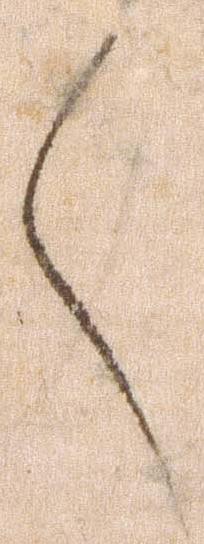
言